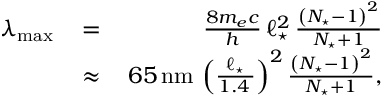
\begin{array} { r l r } { \lambda _ { \mathrm { m a x } } \, } & { = } & { \, \frac { 8 m _ { e } c } { h } \, \ell _ { \star } ^ { 2 } \, \frac { \left( N _ { \star } - 1 \right) ^ { 2 } } { N _ { \star } + 1 } } \\ & { \approx } & { \, 6 5 \, \mathrm { n m } \, \left( \frac { \ell _ { \star } } { 1 . 4 \, \AA } \right) ^ { 2 } \frac { \left( N _ { \star } - 1 \right) ^ { 2 } } { N _ { \star } + 1 } , } \end{array}